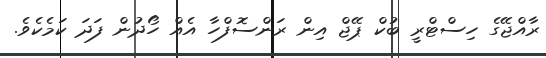
ރާއްޖޭގެ ހިސްޓްރީ ބުކް ޕޭޖް އިން ރަންސޮފްހާ އެއް ހޯދުން ފަދަ ކަމެކެވެ.